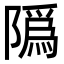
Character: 䧦